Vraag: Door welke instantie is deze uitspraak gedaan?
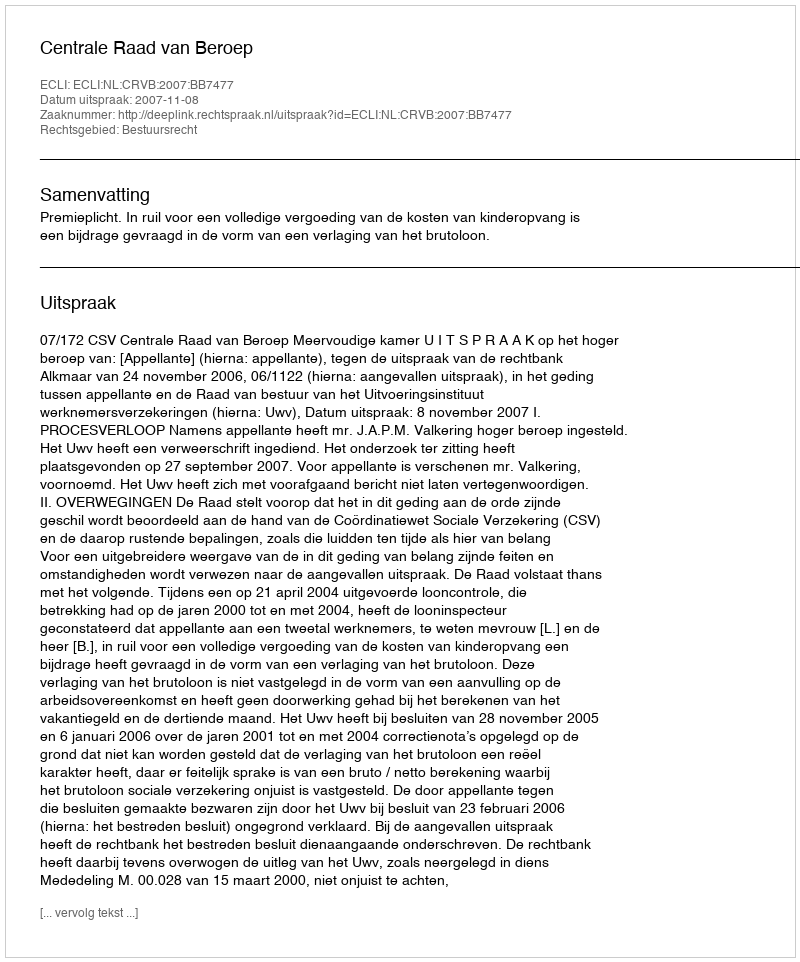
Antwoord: Centrale Raad van Beroep